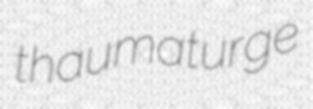
thaumaturge